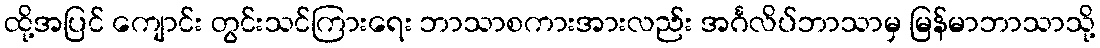
ထို့အပြင် ကျောင်း တွင်းသင်ကြားရေး ဘာသာစကားအားလည်း အင်္ဂလိပ်ဘာသာမှ မြန်မာဘာသာသို့